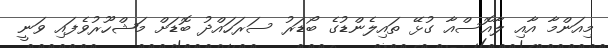
މިއަންމާ އާއި ލާއޮސްއާ ގުޅޭ ތައިލެންޑުގެ ބޯޑަރު ސަރަހައްދު ބޮޑަށް މަޝްހޫރުވެފައި ވަނީ